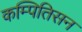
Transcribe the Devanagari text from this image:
कम्पितिसन